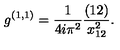
g ^ { ( 1 , 1 ) } = { \frac { 1 } { 4 i \pi ^ { 2 } } } { \frac { ( 1 2 ) } { x _ { 1 2 } ^ { 2 } } } .